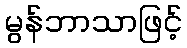
မွန်ဘာသာဖြင့်